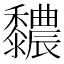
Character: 䵜